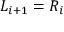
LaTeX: L _ { i + 1 } = R _ { i }